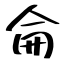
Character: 侖